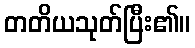
တတိယသုတ်ပြီး၏။